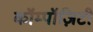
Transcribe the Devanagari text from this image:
कॉम्पॉज़िटी